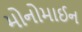
મોનોમાઈન